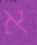
א